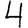
Digit: 4